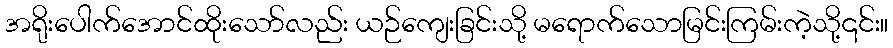
အရိုးပေါက်အောင်ထိုးသော်လည်း ယဉ်ကျေးခြင်းသို့ မရောက်သောမြင်းကြမ်းကဲ့သို့၎င်း။